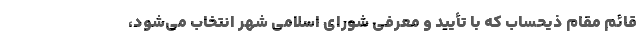
قائم مقام ذيحساب كه با تأييد و معرفي شوراي اسلامي شهر انتخاب مي‌شود،